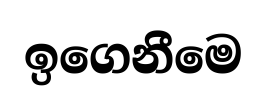
ඉගෙනීමෙ